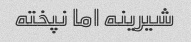
شیرینه اما نپخته